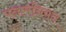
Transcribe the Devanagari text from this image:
पनामनियन